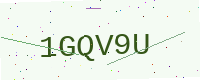
Text: 1GQV9U